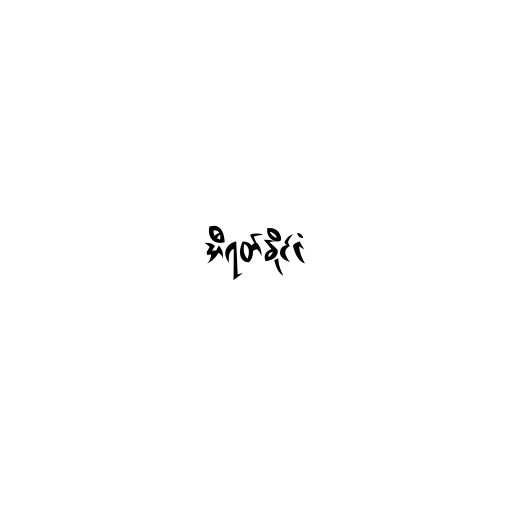
အီရတ်နိုင်ငံ